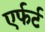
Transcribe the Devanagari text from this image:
एर्फर्ट